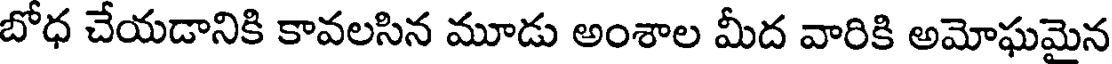
బోధ చేయడానికి కావలసిన మూడు అంశాల మీద వారికి అమోఘమైన